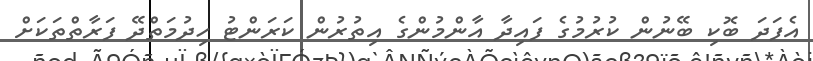
އެފަދަ ބޮކި ބޭނުން ކުރުމުގެ ފައިދާ އާންމުންގެ އިތުރުން ކަރަންޓު ހިދުމަތްދޭ ފަރާތްތަކަށް